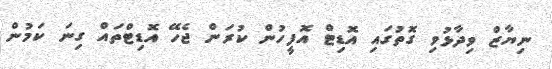
ނިޔާޒް ވިދާޅުވި ގޮތުގައި އޮޑިޓް އޮފީހުން ކުރަން ޖެހޭ އޮޑިޓްތައް ގިނަ ކަމުން